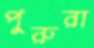
পুরুরা